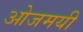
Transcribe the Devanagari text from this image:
ओजमयी